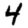
Digit: 4